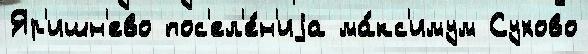
Яр'ишн'ево пос'ел'е́н'иjа ма́кс'имум Сухово